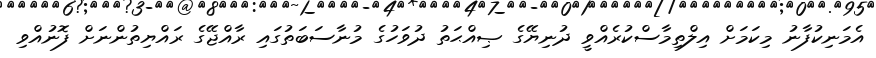
އެމަނިކުފާނު މިކަމަށް އިލްތިމާސްކުރެއްވީ ދުނިޔޭގެ ޞިއްޙަތު ދުވަހުގެ މުނާސަބަތުގައި ރާއްޖޭގެ ރައްޔިތުންނަށް ފޮނުއްވި